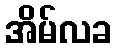
အိမ်လခ